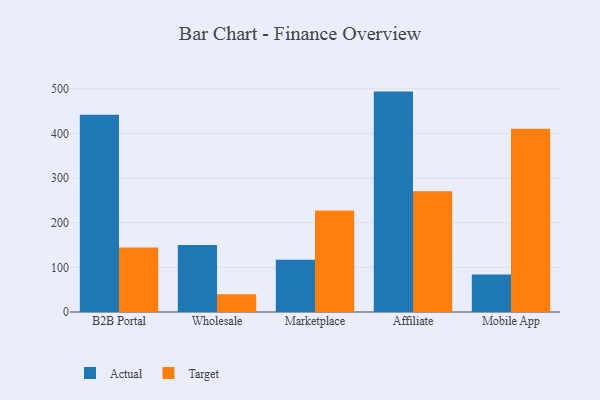
{"axis": {"x": "Channel", "y": "Latency (ms)"}, "legend": ["Actual", "Target"], "data": [{"x": "B2B Portal", "y": 441.5, "type": "Actual"}, {"x": "B2B Portal", "y": 144.4, "type": "Target"}, {"x": "Wholesale", "y": 149.8, "type": "Actual"}, {"x": "Wholesale", "y": 39.8, "type": "Target"}, {"x": "Marketplace", "y": 117.2, "type": "Actual"}, {"x": "Marketplace", "y": 227.5, "type": "Target"}, {"x": "Affiliate", "y": 493.5, "type": "Actual"}, {"x": "Affiliate", "y": 270.4, "type": "Target"}, {"x": "Mobile App", "y": 83.7, "type": "Actual"}, {"x": "Mobile App", "y": 410.5, "type": "Target"}]}